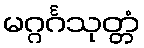
မဂ္ဂင်္ဂသုတ္တံ